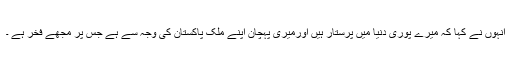
انہوں نے کہا کہ میرے پوری دنیا میں پرستار ہیں اورمیری پہچان اپنے ملک پاکستان کی وجہ سے ہے جس پر مجھے فخر ہے ۔